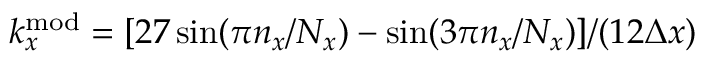
k _ { x } ^ { \mathrm { m o d } } = [ 2 7 \sin ( \pi n _ { x } / N _ { x } ) - \sin ( 3 \pi n _ { x } / N _ { x } ) ] / ( 1 2 \Delta x )